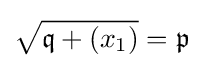
{\sqrt {{\mathfrak {q}}+(x_{1})}}={\mathfrak {p}}